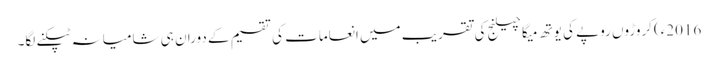
2016ء)کروڑوں روپے کی یوتھ میگا چیلنج کی تقریب میں انعامات کی تقسیم کے دوران ہی شامیانہ ٹپکنے لگا۔